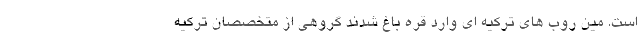
است. مین روب های ترکیه ای وارد قره باغ شدند گروهی از متخصصان ترکیه